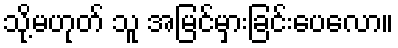
သို့မဟုတ် သူ အမြင်မှားခြင်းပေလော။